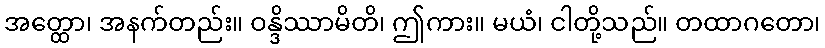
အတ္ထော၊ အနက်တည်း။ ဝန္ဒိဿာမိတိ၊ ဤကား။ မယံ၊ ငါတို့သည်။ တထာဂတော၊